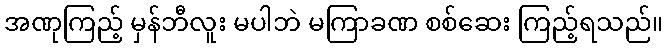
အဏုကြည့် မှန်ဘီလူး မပါဘဲ မကြာခဏ စစ်ဆေး ကြည့်ရသည်။